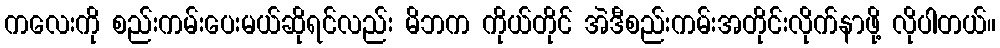
ကလေးကို စည်းကမ်းပေးမယ်ဆိုရင်လည်း မိဘက ကိုယ်တိုင် အဲဒီစည်းကမ်းအတိုင်းလိုက်နာဖို့ လိုပါတယ်။